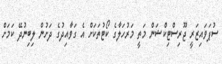
ސުޕަވައިޒަރީ ޖޫރިސްޓިކްޝަން މަތީ މަރުހަލާގެ ކޯޓުތަކަށް އެ ގަވާއިދުގެ ދަށުން ލިބިނުދޭ ކަމަށް